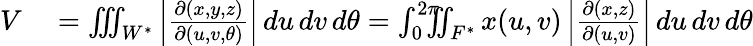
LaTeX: \begin{array}{rl}{V}&{{}=\iiint_{W^{*}}\left|{\frac{\partial(x,y,z)}{\partial(u,v,\theta)}}\right|\, du\, dv\, d\theta=\int_{0}^{2\pi}\! \! \! \! \iint_{F^{*}}x(u,v)\left|{\frac{\partial(x,z)}{\partial(u,v)}}\right|\, du\, dv\, d\theta}\end{array}